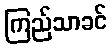
ကြည်သာခင်